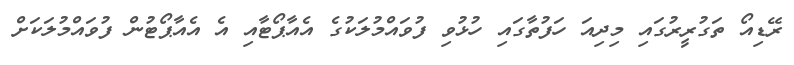
ރޭޑިއޯ ތަގުރީރުގައި މިދިއަ ހަފުތާގައި ހުޅުވި ފުވައްމުލަކުގެ އެއާޕޯޓާއި އެ އެއާޕޯޓުން ފުވައްމުލަކަށް